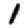
Digit: 1